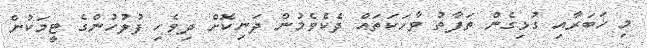
މި ޚަބަރާއި ގުޅިގެން ތަފާތު ވާހަކަތައް ދެކެވެމުން ދަނިކޮށް ދިވެހި ފުލުހުންގެ ޓީމަކުން